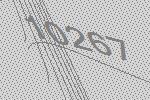
10267